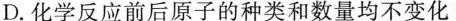
D.化学反应前后原子的种类和数量均不变化